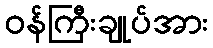
ဝန်ကြီးချုပ်အား